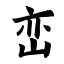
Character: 峦